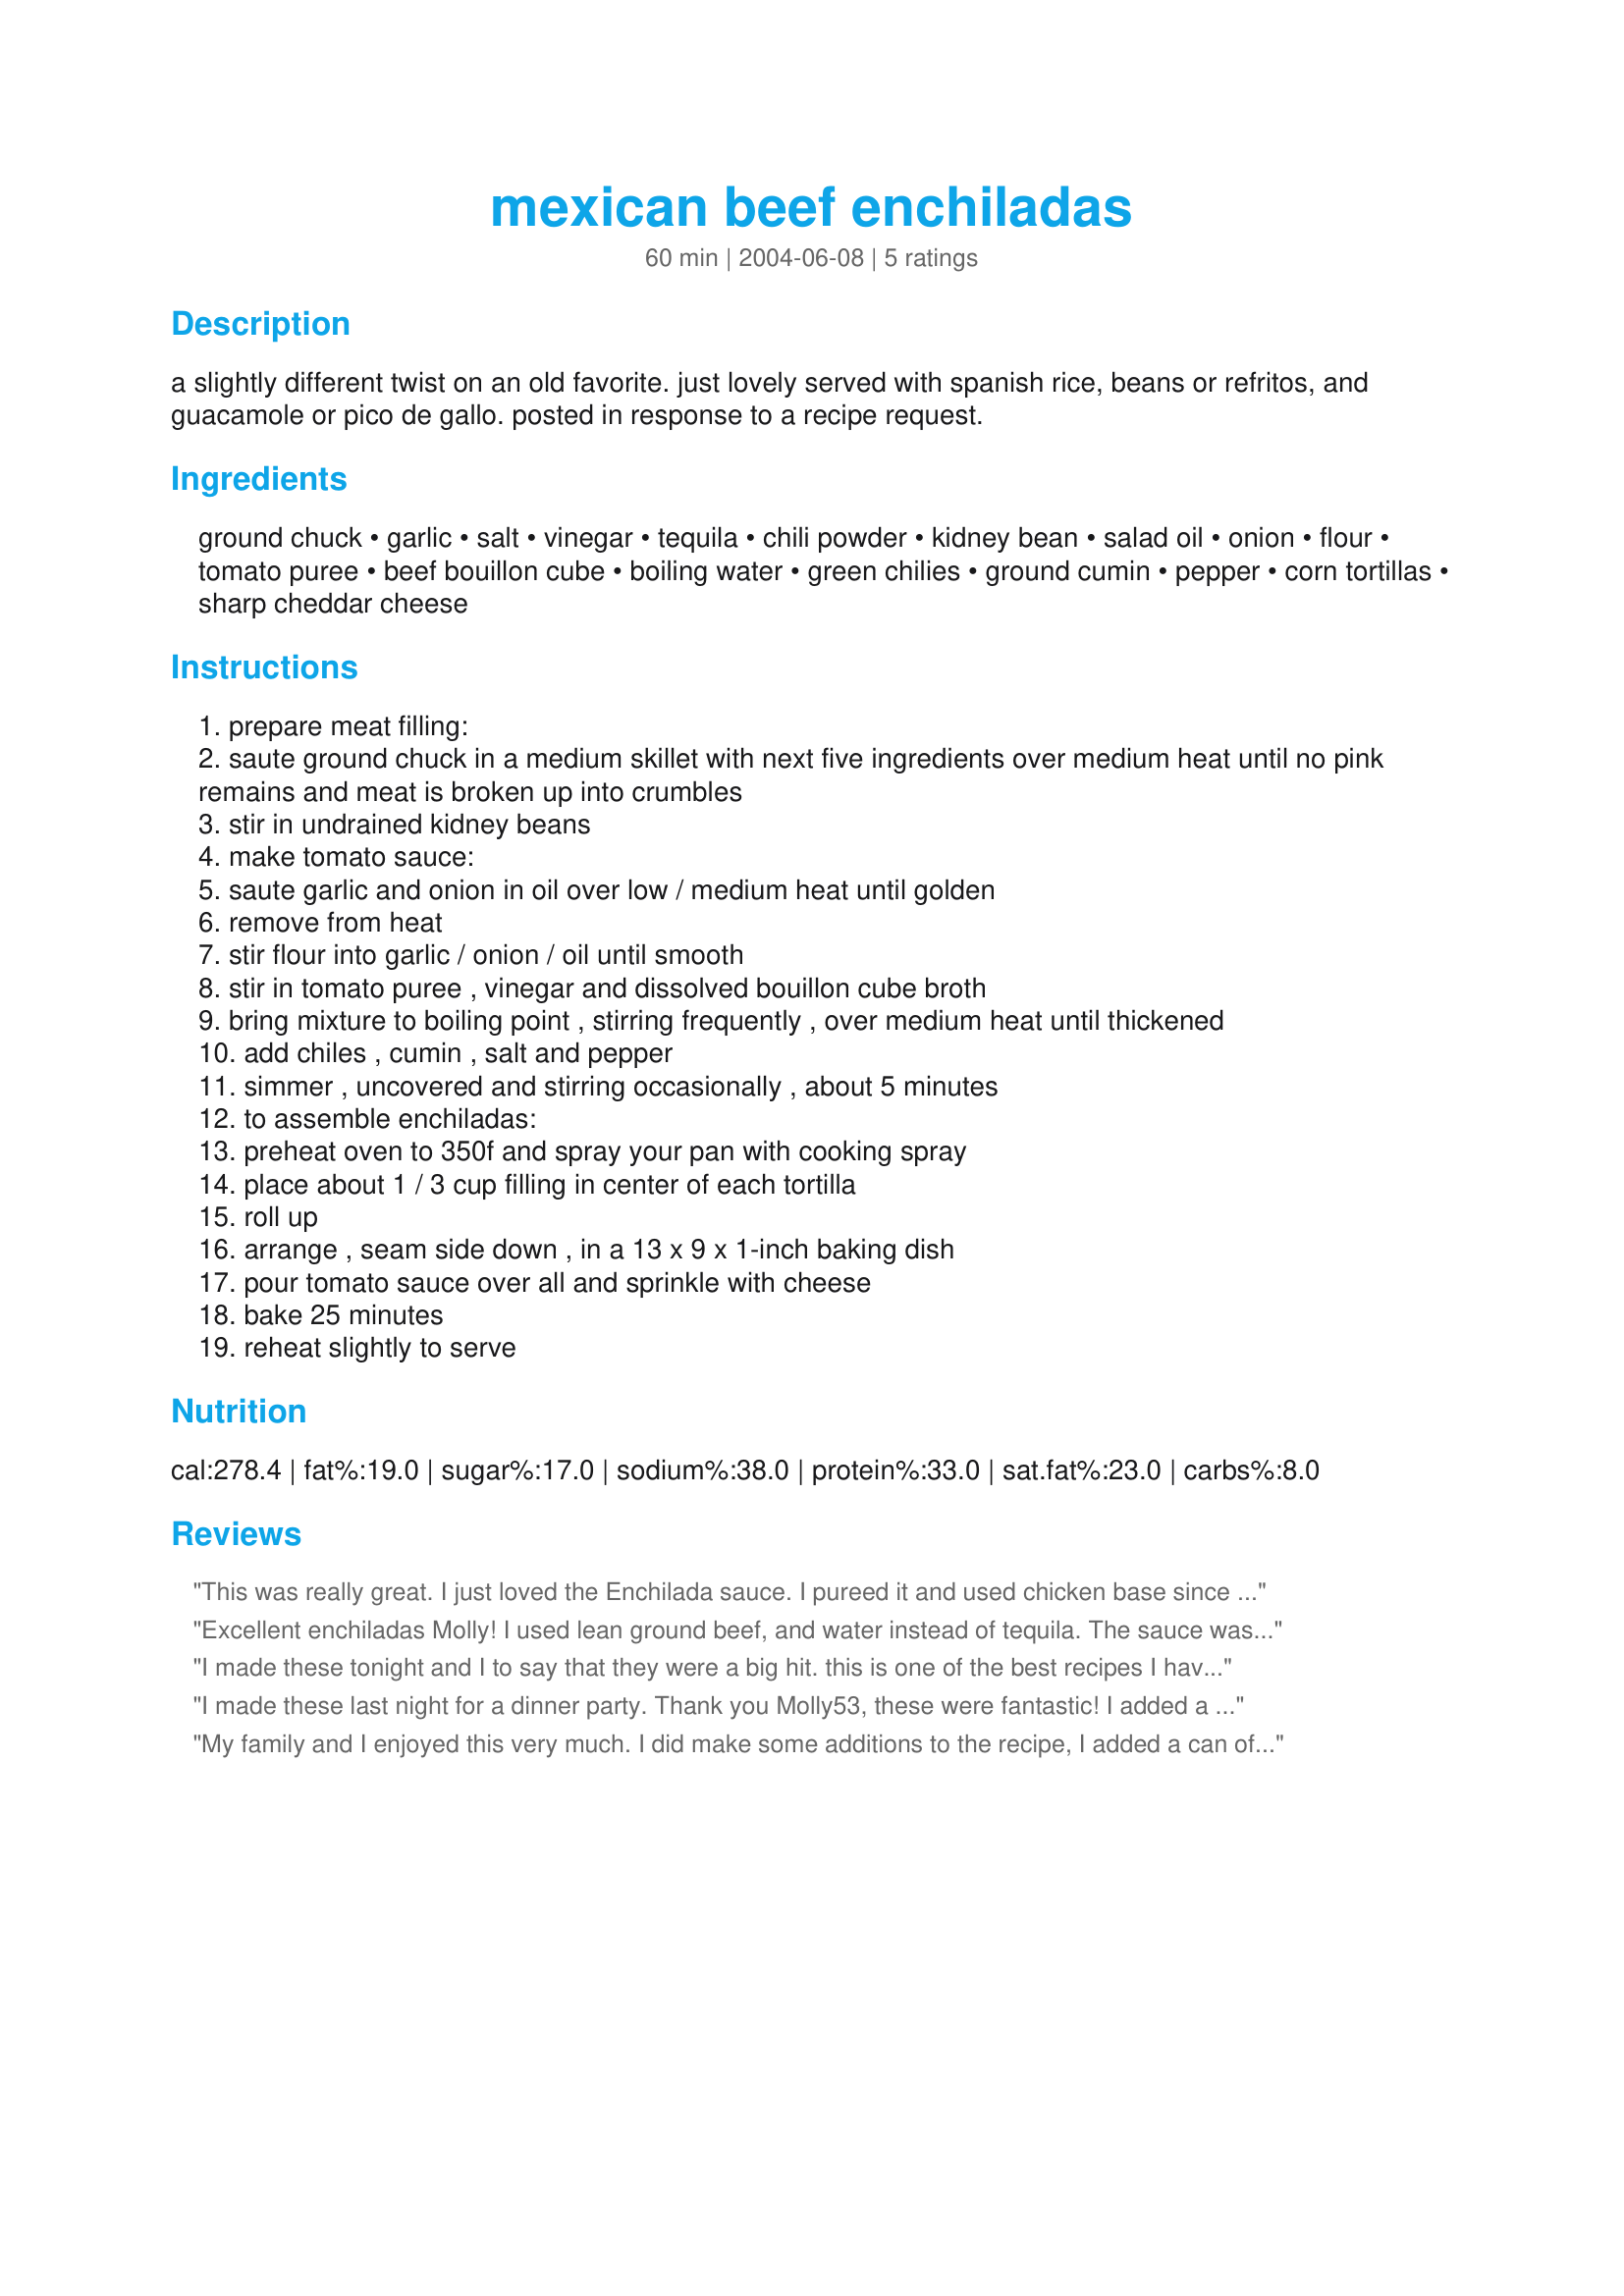
mexican beef enchiladas
Preparation time: 60 minutes

a slightly different twist on an old favorite. just lovely served with spanish rice, beans or refritos, and guacamole or pico de gallo. posted in response to a recipe request.

Ingredients:
ground chuck, garlic, salt, vinegar, tequila, chili powder, kidney bean, salad oil, onion, flour, tomato puree, beef bouillon cube, boiling water, green chilies, ground cumin, pepper, corn tortillas, sharp cheddar cheese

Steps:
prepare meat filling:
saute ground chuck in a medium skillet with next five ingredients over medium heat until no pink remains and meat is broken up into crumbles
stir in undrained kidney beans
make tomato sauce:
saute garlic and onion in oil over low / medium heat until golden
remove from heat
stir flour into garlic / onion / oil until smooth
stir in tomato puree , vinegar and dissolved bouillon cube broth
bring mixture to boiling point , stirring frequently , over medium heat until thickened
add chiles , cumin , salt and pepper
simmer , uncovered and stirring occasionally , about 5 minutes
to assemble enchiladas:
preheat oven to 350f and spray your pan with cooking spray
place about 1 / 3 cup filling in center of each tortilla
roll up
arrange , seam side down , in a 13 x 9 x 1-inch baking dish
pour tomato sauce over all and sprinkle with cheese
bake 25 minutes
reheat slightly to serve

Reviews:
This was really great. I just loved the Enchilada sauce. I pureed it and used chicken base since I didn't have beef bouillon --still tasted delicious. I also used chicken thighs and refried beans instead of ground chuck with flour tortillas since we prefer those over corn and everyone loved it. Thanks for sharing!
Excellent enchiladas Molly! I used lean ground beef, and water instead of tequila. The sauce was a great sauce, and very tasty. My kids loved these and request that I make them at least once a month, so I am adding it to my regulars! This is the best beef enchilada recipe I have tried so far, and I have a feeling it would be hard to beat!
I made these tonight and I to say that they were a big hit. this is one of the best recipes I have made. thank you
I made these last night for a dinner party. Thank you Molly53, these were fantastic! I added a dollop of sour cream on the side when serving...YUM, YUM!
My family and I enjoyed this very much. I did make some additions to the recipe, I added a can of rotel tomatoes for the sauce, and a couple of chipotle peppers in adobo sauce to the meat. Thanks!
